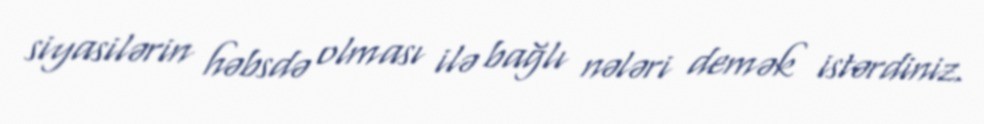
siyasilərin həbsdə olması ilə bağlı nələri demək istərdiniz.